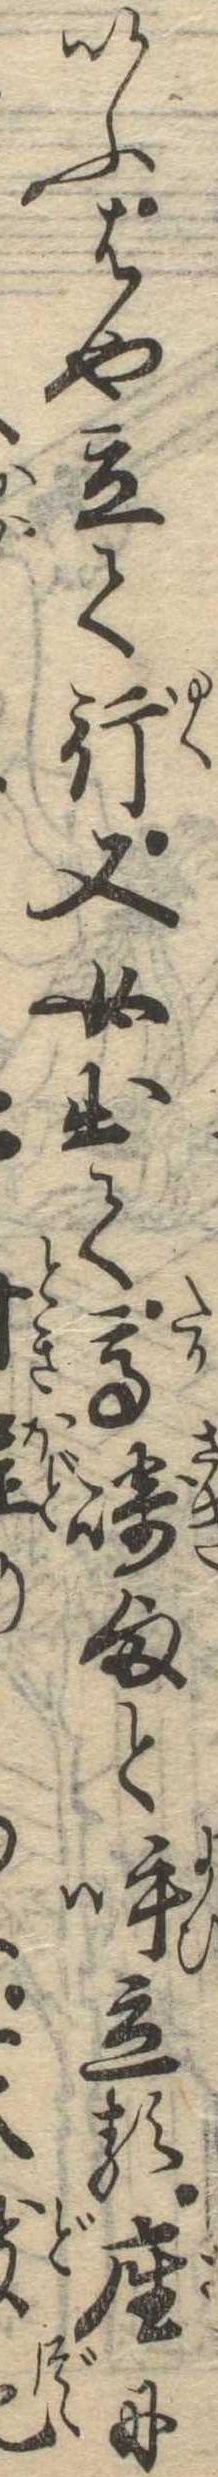
いふはや立て行又女出て高崎様と呼立る座に